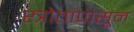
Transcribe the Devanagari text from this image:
स्त्रोतापासून